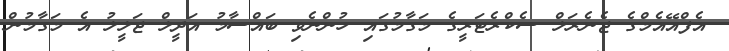
އެފްއޭއެމްގެ ޖެނެރަލް ސެކްރެޓަރީގެ މަގާމުގައި ހުންނެވި ބައްސާމު އަދީލް ޖަލީލު އެ މަގާމުން